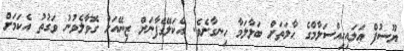
ޔޫސުފް ޢަލައިހިއްސަލާމްގެ ޙާލަތަށް ބަލާލަމާ ހިނގާށެވެ. އެކަލޭގެފާނަށް ޒިނޭއަށް ގޮވާލެވުނު ވަގުތު އެކަމަށް